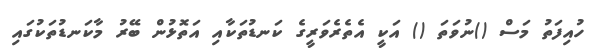
ހުއިފަތު މަސް ()ނުވަތަ () އަކީ އެތެރެވަރީގެ ކަނޑުތަކާއި އަތޮޅުން ބޭރު މާކަނޑުތަކުގައި